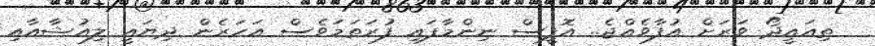
ތިއައީދޯ ވަރަށް އުފާވެއްޖެ.. އޮފީސް ނިންމާފައި ފުރަތަމަވެސް އަހަރެން ދިޔައީ ލިއުޝާއާއި